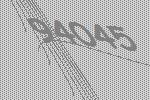
94045